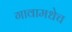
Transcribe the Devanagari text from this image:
गावामधेच